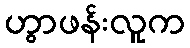
ဟွာဖန်းလူက